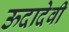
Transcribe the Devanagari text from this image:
ऊदादेवी